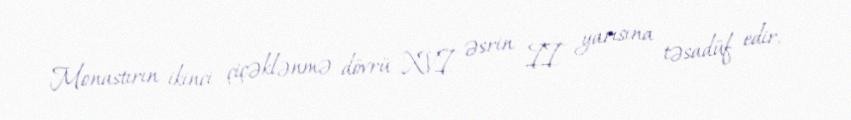
Monastırın ikinci çiçəklənmə dövrü XVI əsrin II yarısına təsadüf edir.